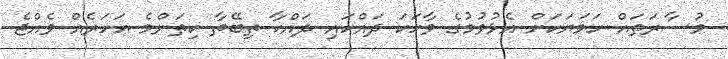
މުސާރަތައް ހަމަޔަކަށް އެޅުވުމުގެ ވާހަކަ ދައްކައި ދައްކާ ތިބޭތާ ކިތަންމެ އަހަރެއް ވެއްޖެ